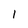
Character: 1